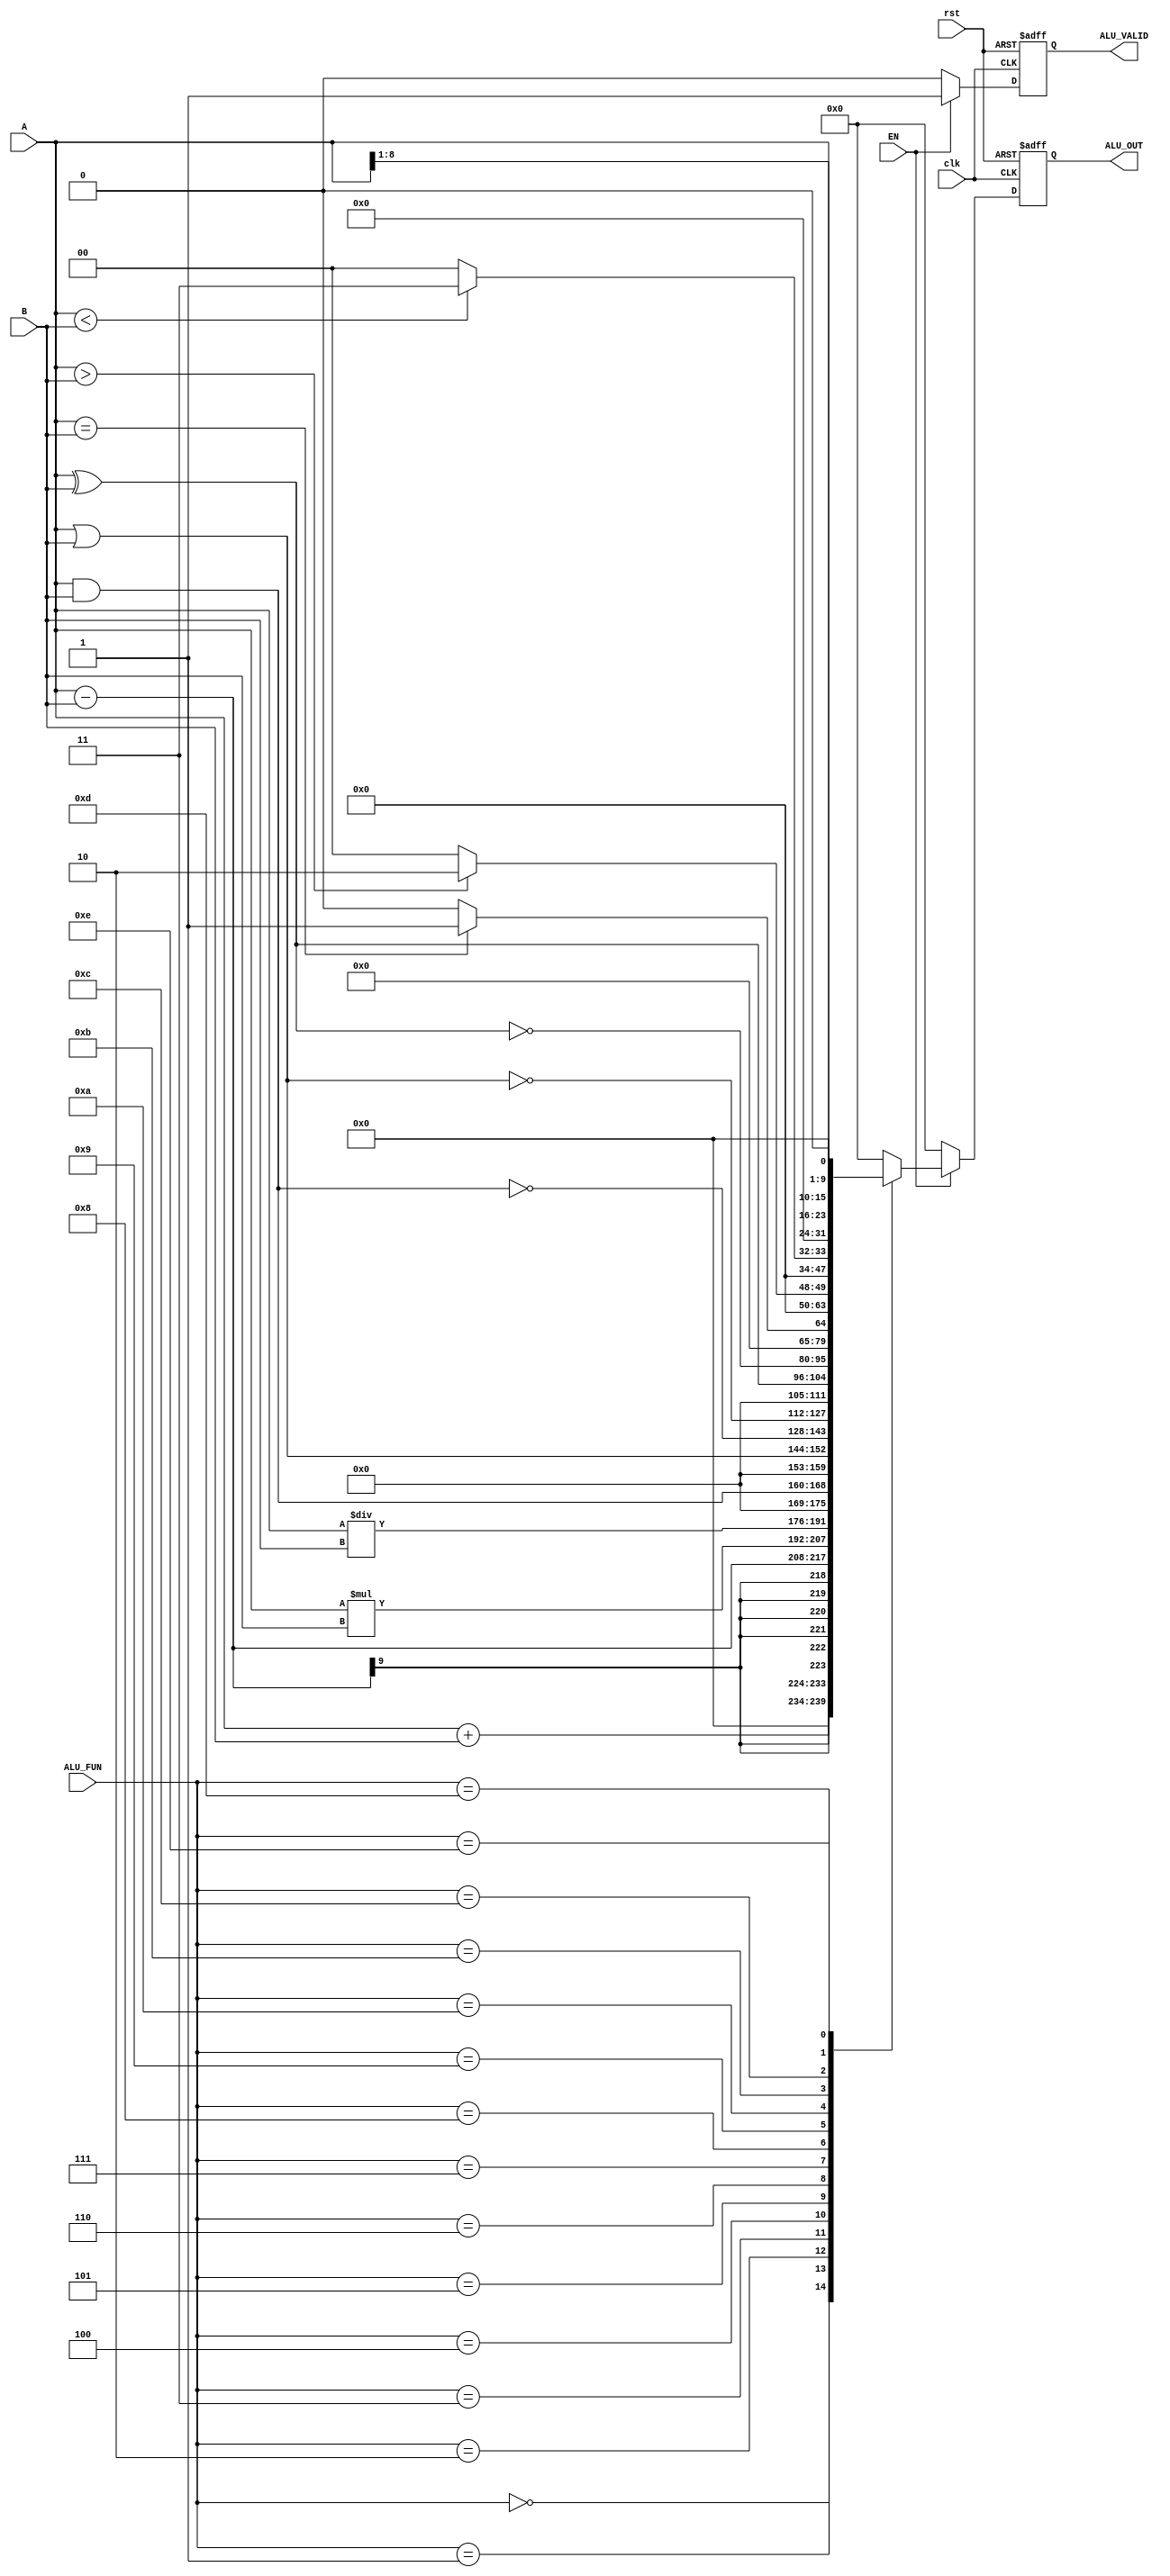
module ALU (
    input wire        clk,
    input wire        rst,
    input wire [8:0]  A,
    input wire [8:0]  B,
    input wire [3:0]  ALU_FUN,
    input wire        EN,
    output reg [15:0] ALU_OUT,
    output reg        ALU_VALID
);
reg [15:0] ALU_O_Comp;
reg         data_VLD_COMP;
always @(posedge clk or negedge rst)
    begin
        if (!rst) 
            begin
                ALU_OUT<=0;
                ALU_VALID<=0;
            end
        else
            begin
                ALU_OUT<=ALU_O_Comp;
                ALU_VALID<=data_VLD_COMP;
            end

        end
always @(*) 
    begin
        if(EN)
            begin
                case (ALU_FUN)
                    4'b0000:
                    begin
                        ALU_O_Comp=A+B;
                    data_VLD_COMP=1;
                    end
                    
                    4'b0001:
                    begin
                        ALU_O_Comp=A-B;
                    data_VLD_COMP=1;
                    end
                    4'b0010:
                    begin
                        ALU_O_Comp=A*B;
                    data_VLD_COMP=1;
                    end
                    4'b0011:
                    begin
                        
                        ALU_O_Comp=A/B;
                    data_VLD_COMP=1;
                    end
                    4'b0100:
                    begin
                        ALU_O_Comp=A&B;
                    data_VLD_COMP=1;
                    end
                    4'b0101:
                    begin
                        ALU_O_Comp=A|B;
                    data_VLD_COMP=1;
                    end
                    4'b0110:
                    begin
                        ALU_O_Comp= ~(A&B);
                    data_VLD_COMP=1;
                    end
                    4'b0111:
                    begin
                        ALU_O_Comp=~(A|B);
                    data_VLD_COMP=1;
                    end
                    4'b1000:
                    begin
                        ALU_O_Comp=A^B;
                    data_VLD_COMP=1;
                    end
                    4'b1001:
                    begin
                        ALU_O_Comp=~(A^B);
                        data_VLD_COMP=1;
                    end
                    4'b1010:
                    begin
                        if (A==B)
                            begin 
                                ALU_O_Comp= 16'b1;
                                data_VLD_COMP=1; 
                            end 
                        else
                            begin
                                ALU_O_Comp= 16'b0;   
                                data_VLD_COMP=1;
                            end
                    end
                    4'b1011:
                    begin
                        ALU_O_Comp=(A>B) ? 16'b10 : 16'b0;
                    data_VLD_COMP=1;
                    end
                    4'b1100:
                    begin
                        ALU_O_Comp=(A<B) ? 16'b11 : 16'b0;
                        data_VLD_COMP=1;
                    end
                    4'b1101:
                    begin
                        ALU_O_Comp=(A>>1);
                        data_VLD_COMP=1;
                    end
                    4'b1110:
                    begin
                        ALU_O_Comp=(A<<1);
                        data_VLD_COMP=1;
                    end
                
                    default: 
                        begin
                        ALU_O_Comp=16'b0;
                        data_VLD_COMP=1;

                        end
                endcase
            end
        else
            begin
                ALU_O_Comp=0;
                data_VLD_COMP=0;
            end


    end

endmodule